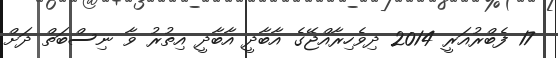
17 ފެބްރުއަރީ 2014 ދިވެހިރާއްޖޭގެ އާބާދީ އާބާދީ އިތުރު ވާ ނިސްބަތް ދަށް